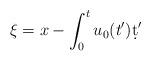
LaTeX: \begin{align*}\xi=x-\int_0^t u_0(t')\d t'\end{align*}